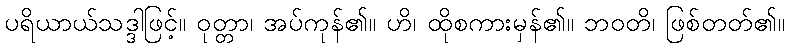
ပရိယာယ်သဒ္ဒါဖြင့်။ ဝုတ္တာ၊ အပ်ကုန်၏။ ဟိ၊ ထိုစကားမှန်၏။ ဘဝတိ၊ ဖြစ်တတ်၏။